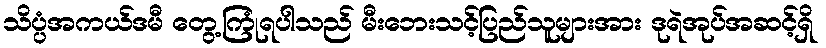
သိပ္ပံအကယ်ဒမီ တွေ့ကြုံရပါသည် မီးဘေးသင့်ပြည်သူများအား ဒုရဲအုပ်အဆင့်ရှိ